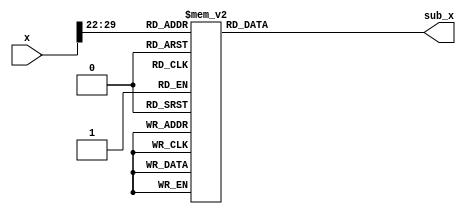
module sub_table(
	input		[30:0]x,
	output	[29:0]sub_x
    );

//input output
wire		[30:0]x;//varies from 0 to 255
reg		[29:0]sub_x;

always @(x) begin
	case (x[29:22])
		8'b00000000: sub_x<=32'b000000000000000000000000000000; //0
		8'b00000001: sub_x<=32'b111111110000000000000000000000; //1
		8'b00000010: sub_x<=32'b111111111001010111000000000111; //2
		8'b00000011: sub_x<=32'b111111111100111010101110110100; //3
		8'b00000100: sub_x<=32'b111111111110100000101001111111; //4
		8'b00000101: sub_x<=32'b111111111111010001000110001110; //5
		8'b00000110: sub_x<=32'b111111111111101000101111000010; //6
		8'b00000111: sub_x<=32'b111111111111110100011010011101; //7
		8'b00001000: sub_x<=32'b111111111111111010001101111101; //8
		8'b00001001: sub_x<=32'b111111111111111101000111001010; //9
		8'b00001010: sub_x<=32'b111111111111111110100011101000; //10
		8'b00001011: sub_x<=32'b111111111111111111010001110101; //11
		8'b00001100: sub_x<=32'b111111111111111111101000111011; //12
		8'b00001101: sub_x<=32'b111111111111111111110100011110; //13
		8'b00001110: sub_x<=32'b111111111111111111111010001111; //14
		8'b00001111: sub_x<=32'b111111111111111111111101001000; //15
		8'b00010000: sub_x<=32'b111111111111111111111110100100; //16
		8'b00010001: sub_x<=32'b111111111111111111111111010010; //17
		8'b00010010: sub_x<=32'b111111111111111111111111101001; //18
		8'b00010011: sub_x<=32'b111111111111111111111111110101; //19
		8'b00010100: sub_x<=32'b111111111111111111111111111011; //20
		8'b00010101: sub_x<=32'b111111111111111111111111111110; //21
		8'b00010110: sub_x<=32'b111111111111111111111111111111; //22
		8'b00010111: sub_x<=32'b000000000000000000000000000000; //23
		8'b00011000: sub_x<=32'b000000000000000000000000000000; //24
		8'b00011001: sub_x<=32'b000000000000000000000000000000; //25
		8'b00011010: sub_x<=32'b000000000000000000000000000000; //26
		8'b00011011: sub_x<=32'b000000000000000000000000000000; //27
		8'b00011100: sub_x<=32'b000000000000000000000000000000; //28
		8'b00011101: sub_x<=32'b000000000000000000000000000000; //29
		8'b00011110: sub_x<=32'b000000000000000000000000000000; //30
		8'b00011111: sub_x<=32'b000000000000000000000000000000; //31
		8'b00100000: sub_x<=32'b000000000000000000000000000000; //32
		8'b00100001: sub_x<=32'b000000000000000000000000000000; //33
		8'b00100010: sub_x<=32'b000000000000000000000000000000; //34
		8'b00100011: sub_x<=32'b000000000000000000000000000000; //35
		8'b00100100: sub_x<=32'b000000000000000000000000000000; //36
		8'b00100101: sub_x<=32'b000000000000000000000000000000; //37
		8'b00100110: sub_x<=32'b000000000000000000000000000000; //38
		8'b00100111: sub_x<=32'b000000000000000000000000000000; //39
		8'b00101000: sub_x<=32'b000000000000000000000000000000; //40
		8'b00101001: sub_x<=32'b000000000000000000000000000000; //41
		8'b00101010: sub_x<=32'b000000000000000000000000000000; //42
		8'b00101011: sub_x<=32'b000000000000000000000000000000; //43
		8'b00101100: sub_x<=32'b000000000000000000000000000000; //44
		8'b00101101: sub_x<=32'b000000000000000000000000000000; //45
		8'b00101110: sub_x<=32'b000000000000000000000000000000; //46
		8'b00101111: sub_x<=32'b000000000000000000000000000000; //47
		8'b00110000: sub_x<=32'b000000000000000000000000000000; //48
		8'b00110001: sub_x<=32'b000000000000000000000000000000; //49
		8'b00110010: sub_x<=32'b000000000000000000000000000000; //50
		8'b00110011: sub_x<=32'b000000000000000000000000000000; //51
		8'b00110100: sub_x<=32'b000000000000000000000000000000; //52
		8'b00110101: sub_x<=32'b000000000000000000000000000000; //53
		8'b00110110: sub_x<=32'b000000000000000000000000000000; //54
		8'b00110111: sub_x<=32'b000000000000000000000000000000; //55
		8'b00111000: sub_x<=32'b000000000000000000000000000000; //56
		8'b00111001: sub_x<=32'b000000000000000000000000000000; //57
		8'b00111010: sub_x<=32'b000000000000000000000000000000; //58
		8'b00111011: sub_x<=32'b000000000000000000000000000000; //59
		8'b00111100: sub_x<=32'b000000000000000000000000000000; //60
		8'b00111101: sub_x<=32'b000000000000000000000000000000; //61
		8'b00111110: sub_x<=32'b000000000000000000000000000000; //62
		8'b00111111: sub_x<=32'b000000000000000000000000000000; //63
		8'b01000000: sub_x<=32'b000000000000000000000000000000; //64
		8'b01000001: sub_x<=32'b000000000000000000000000000000; //65
		8'b01000010: sub_x<=32'b000000000000000000000000000000; //66
		8'b01000011: sub_x<=32'b000000000000000000000000000000; //67
		8'b01000100: sub_x<=32'b000000000000000000000000000000; //68
		8'b01000101: sub_x<=32'b000000000000000000000000000000; //69
		8'b01000110: sub_x<=32'b000000000000000000000000000000; //70
		8'b01000111: sub_x<=32'b000000000000000000000000000000; //71
		8'b01001000: sub_x<=32'b000000000000000000000000000000; //72
		8'b01001001: sub_x<=32'b000000000000000000000000000000; //73
		8'b01001010: sub_x<=32'b000000000000000000000000000000; //74
		8'b01001011: sub_x<=32'b000000000000000000000000000000; //75
		8'b01001100: sub_x<=32'b000000000000000000000000000000; //76
		8'b01001101: sub_x<=32'b000000000000000000000000000000; //77
		8'b01001110: sub_x<=32'b000000000000000000000000000000; //78
		8'b01001111: sub_x<=32'b000000000000000000000000000000; //79
		8'b01010000: sub_x<=32'b000000000000000000000000000000; //80
		8'b01010001: sub_x<=32'b000000000000000000000000000000; //81
		8'b01010010: sub_x<=32'b000000000000000000000000000000; //82
		8'b01010011: sub_x<=32'b000000000000000000000000000000; //83
		8'b01010100: sub_x<=32'b000000000000000000000000000000; //84
		8'b01010101: sub_x<=32'b000000000000000000000000000000; //85
		8'b01010110: sub_x<=32'b000000000000000000000000000000; //86
		8'b01010111: sub_x<=32'b000000000000000000000000000000; //87
		8'b01011000: sub_x<=32'b000000000000000000000000000000; //88
		8'b01011001: sub_x<=32'b000000000000000000000000000000; //89
		8'b01011010: sub_x<=32'b000000000000000000000000000000; //90
		8'b01011011: sub_x<=32'b000000000000000000000000000000; //91
		8'b01011100: sub_x<=32'b000000000000000000000000000000; //92
		8'b01011101: sub_x<=32'b000000000000000000000000000000; //93
		8'b01011110: sub_x<=32'b000000000000000000000000000000; //94
		8'b01011111: sub_x<=32'b000000000000000000000000000000; //95
		8'b01100000: sub_x<=32'b000000000000000000000000000000; //96
		8'b01100001: sub_x<=32'b000000000000000000000000000000; //97
		8'b01100010: sub_x<=32'b000000000000000000000000000000; //98
		8'b01100011: sub_x<=32'b000000000000000000000000000000; //99
		8'b01100100: sub_x<=32'b000000000000000000000000000000; //100
		8'b01100101: sub_x<=32'b000000000000000000000000000000; //101
		8'b01100110: sub_x<=32'b000000000000000000000000000000; //102
		8'b01100111: sub_x<=32'b000000000000000000000000000000; //103
		8'b01101000: sub_x<=32'b000000000000000000000000000000; //104
		8'b01101001: sub_x<=32'b000000000000000000000000000000; //105
		8'b01101010: sub_x<=32'b000000000000000000000000000000; //106
		8'b01101011: sub_x<=32'b000000000000000000000000000000; //107
		8'b01101100: sub_x<=32'b000000000000000000000000000000; //108
		8'b01101101: sub_x<=32'b000000000000000000000000000000; //109
		8'b01101110: sub_x<=32'b000000000000000000000000000000; //110
		8'b01101111: sub_x<=32'b000000000000000000000000000000; //111
		8'b01110000: sub_x<=32'b000000000000000000000000000000; //112
		8'b01110001: sub_x<=32'b000000000000000000000000000000; //113
		8'b01110010: sub_x<=32'b000000000000000000000000000000; //114
		8'b01110011: sub_x<=32'b000000000000000000000000000000; //115
		8'b01110100: sub_x<=32'b000000000000000000000000000000; //116
		8'b01110101: sub_x<=32'b000000000000000000000000000000; //117
		8'b01110110: sub_x<=32'b000000000000000000000000000000; //118
		8'b01110111: sub_x<=32'b000000000000000000000000000000; //119
		8'b01111000: sub_x<=32'b000000000000000000000000000000; //120
		8'b01111001: sub_x<=32'b000000000000000000000000000000; //121
		8'b01111010: sub_x<=32'b000000000000000000000000000000; //122
		8'b01111011: sub_x<=32'b000000000000000000000000000000; //123
		8'b01111100: sub_x<=32'b000000000000000000000000000000; //124
		8'b01111101: sub_x<=32'b000000000000000000000000000000; //125
		8'b01111110: sub_x<=32'b000000000000000000000000000000; //126
		8'b01111111: sub_x<=32'b000000000000000000000000000000; //127
		8'b10000000: sub_x<=32'b000000000000000000000000000000; //128
		8'b10000001: sub_x<=32'b000000000000000000000000000000; //129
		8'b10000010: sub_x<=32'b000000000000000000000000000000; //130
		8'b10000011: sub_x<=32'b000000000000000000000000000000; //131
		8'b10000100: sub_x<=32'b000000000000000000000000000000; //132
		8'b10000101: sub_x<=32'b000000000000000000000000000000; //133
		8'b10000110: sub_x<=32'b000000000000000000000000000000; //134
		8'b10000111: sub_x<=32'b000000000000000000000000000000; //135
		8'b10001000: sub_x<=32'b000000000000000000000000000000; //136
		8'b10001001: sub_x<=32'b000000000000000000000000000000; //137
		8'b10001010: sub_x<=32'b000000000000000000000000000000; //138
		8'b10001011: sub_x<=32'b000000000000000000000000000000; //139
		8'b10001100: sub_x<=32'b000000000000000000000000000000; //140
		8'b10001101: sub_x<=32'b000000000000000000000000000000; //141
		8'b10001110: sub_x<=32'b000000000000000000000000000000; //142
		8'b10001111: sub_x<=32'b000000000000000000000000000000; //143
		8'b10010000: sub_x<=32'b000000000000000000000000000000; //144
		8'b10010001: sub_x<=32'b000000000000000000000000000000; //145
		8'b10010010: sub_x<=32'b000000000000000000000000000000; //146
		8'b10010011: sub_x<=32'b000000000000000000000000000000; //147
		8'b10010100: sub_x<=32'b000000000000000000000000000000; //148
		8'b10010101: sub_x<=32'b000000000000000000000000000000; //149
		8'b10010110: sub_x<=32'b000000000000000000000000000000; //150
		8'b10010111: sub_x<=32'b000000000000000000000000000000; //151
		8'b10011000: sub_x<=32'b000000000000000000000000000000; //152
		8'b10011001: sub_x<=32'b000000000000000000000000000000; //153
		8'b10011010: sub_x<=32'b000000000000000000000000000000; //154
		8'b10011011: sub_x<=32'b000000000000000000000000000000; //155
		8'b10011100: sub_x<=32'b000000000000000000000000000000; //156
		8'b10011101: sub_x<=32'b000000000000000000000000000000; //157
		8'b10011110: sub_x<=32'b000000000000000000000000000000; //158
		8'b10011111: sub_x<=32'b000000000000000000000000000000; //159
		8'b10100000: sub_x<=32'b000000000000000000000000000000; //160
		8'b10100001: sub_x<=32'b000000000000000000000000000000; //161
		8'b10100010: sub_x<=32'b000000000000000000000000000000; //162
		8'b10100011: sub_x<=32'b000000000000000000000000000000; //163
		8'b10100100: sub_x<=32'b000000000000000000000000000000; //164
		8'b10100101: sub_x<=32'b000000000000000000000000000000; //165
		8'b10100110: sub_x<=32'b000000000000000000000000000000; //166
		8'b10100111: sub_x<=32'b000000000000000000000000000000; //167
		8'b10101000: sub_x<=32'b000000000000000000000000000000; //168
		8'b10101001: sub_x<=32'b000000000000000000000000000000; //169
		8'b10101010: sub_x<=32'b000000000000000000000000000000; //170
		8'b10101011: sub_x<=32'b000000000000000000000000000000; //171
		8'b10101100: sub_x<=32'b000000000000000000000000000000; //172
		8'b10101101: sub_x<=32'b000000000000000000000000000000; //173
		8'b10101110: sub_x<=32'b000000000000000000000000000000; //174
		8'b10101111: sub_x<=32'b000000000000000000000000000000; //175
		8'b10110000: sub_x<=32'b000000000000000000000000000000; //176
		8'b10110001: sub_x<=32'b000000000000000000000000000000; //177
		8'b10110010: sub_x<=32'b000000000000000000000000000000; //178
		8'b10110011: sub_x<=32'b000000000000000000000000000000; //179
		8'b10110100: sub_x<=32'b000000000000000000000000000000; //180
		8'b10110101: sub_x<=32'b000000000000000000000000000000; //181
		8'b10110110: sub_x<=32'b000000000000000000000000000000; //182
		8'b10110111: sub_x<=32'b000000000000000000000000000000; //183
		8'b10111000: sub_x<=32'b000000000000000000000000000000; //184
		8'b10111001: sub_x<=32'b000000000000000000000000000000; //185
		8'b10111010: sub_x<=32'b000000000000000000000000000000; //186
		8'b10111011: sub_x<=32'b000000000000000000000000000000; //187
		8'b10111100: sub_x<=32'b000000000000000000000000000000; //188
		8'b10111101: sub_x<=32'b000000000000000000000000000000; //189
		8'b10111110: sub_x<=32'b000000000000000000000000000000; //190
		8'b10111111: sub_x<=32'b000000000000000000000000000000; //191
		8'b11000000: sub_x<=32'b000000000000000000000000000000; //192
		8'b11000001: sub_x<=32'b000000000000000000000000000000; //193
		8'b11000010: sub_x<=32'b000000000000000000000000000000; //194
		8'b11000011: sub_x<=32'b000000000000000000000000000000; //195
		8'b11000100: sub_x<=32'b000000000000000000000000000000; //196
		8'b11000101: sub_x<=32'b000000000000000000000000000000; //197
		8'b11000110: sub_x<=32'b000000000000000000000000000000; //198
		8'b11000111: sub_x<=32'b000000000000000000000000000000; //199
		8'b11001000: sub_x<=32'b000000000000000000000000000000; //200
		8'b11001001: sub_x<=32'b000000000000000000000000000000; //201
		8'b11001010: sub_x<=32'b000000000000000000000000000000; //202
		8'b11001011: sub_x<=32'b000000000000000000000000000000; //203
		8'b11001100: sub_x<=32'b000000000000000000000000000000; //204
		8'b11001101: sub_x<=32'b000000000000000000000000000000; //205
		8'b11001110: sub_x<=32'b000000000000000000000000000000; //206
		8'b11001111: sub_x<=32'b000000000000000000000000000000; //207
		8'b11010000: sub_x<=32'b000000000000000000000000000000; //208
		8'b11010001: sub_x<=32'b000000000000000000000000000000; //209
		8'b11010010: sub_x<=32'b000000000000000000000000000000; //210
		8'b11010011: sub_x<=32'b000000000000000000000000000000; //211
		8'b11010100: sub_x<=32'b000000000000000000000000000000; //212
		8'b11010101: sub_x<=32'b000000000000000000000000000000; //213
		8'b11010110: sub_x<=32'b000000000000000000000000000000; //214
		8'b11010111: sub_x<=32'b000000000000000000000000000000; //215
		8'b11011000: sub_x<=32'b000000000000000000000000000000; //216
		8'b11011001: sub_x<=32'b000000000000000000000000000000; //217
		8'b11011010: sub_x<=32'b000000000000000000000000000000; //218
		8'b11011011: sub_x<=32'b000000000000000000000000000000; //219
		8'b11011100: sub_x<=32'b000000000000000000000000000000; //220
		8'b11011101: sub_x<=32'b000000000000000000000000000000; //221
		8'b11011110: sub_x<=32'b000000000000000000000000000000; //222
		8'b11011111: sub_x<=32'b000000000000000000000000000000; //223
		8'b11100000: sub_x<=32'b000000000000000000000000000000; //224
		8'b11100001: sub_x<=32'b000000000000000000000000000000; //225
		8'b11100010: sub_x<=32'b000000000000000000000000000000; //226
		8'b11100011: sub_x<=32'b000000000000000000000000000000; //227
		8'b11100100: sub_x<=32'b000000000000000000000000000000; //228
		8'b11100101: sub_x<=32'b000000000000000000000000000000; //229
		8'b11100110: sub_x<=32'b000000000000000000000000000000; //230
		8'b11100111: sub_x<=32'b000000000000000000000000000000; //231
		8'b11101000: sub_x<=32'b000000000000000000000000000000; //232
		8'b11101001: sub_x<=32'b000000000000000000000000000000; //233
		8'b11101010: sub_x<=32'b000000000000000000000000000000; //234
		8'b11101011: sub_x<=32'b000000000000000000000000000000; //235
		8'b11101100: sub_x<=32'b000000000000000000000000000000; //236
		8'b11101101: sub_x<=32'b000000000000000000000000000000; //237
		8'b11101110: sub_x<=32'b000000000000000000000000000000; //238
		8'b11101111: sub_x<=32'b000000000000000000000000000000; //239
		8'b11110000: sub_x<=32'b000000000000000000000000000000; //240
		8'b11110001: sub_x<=32'b000000000000000000000000000000; //241
		8'b11110010: sub_x<=32'b000000000000000000000000000000; //242
		8'b11110011: sub_x<=32'b000000000000000000000000000000; //243
		8'b11110100: sub_x<=32'b000000000000000000000000000000; //244
		8'b11110101: sub_x<=32'b000000000000000000000000000000; //245
		8'b11110110: sub_x<=32'b000000000000000000000000000000; //246
		8'b11110111: sub_x<=32'b000000000000000000000000000000; //247
		8'b11111000: sub_x<=32'b000000000000000000000000000000; //248
		8'b11111001: sub_x<=32'b000000000000000000000000000000; //249
		8'b11111010: sub_x<=32'b000000000000000000000000000000; //250
		8'b11111011: sub_x<=32'b000000000000000000000000000000; //251
		8'b11111100: sub_x<=32'b000000000000000000000000000000; //252
		8'b11111101: sub_x<=32'b000000000000000000000000000000; //253
		8'b11111110: sub_x<=32'b000000000000000000000000000000; //254
		8'b11111111: sub_x<=32'b000000000000000000000000000000; //255
		default	  : sub_x<=32'b000000000000000000000000000000;
	endcase
end



endmodule